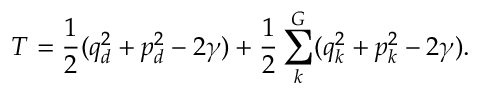
T = \frac { 1 } { 2 } ( q _ { d } ^ { 2 } + p _ { d } ^ { 2 } - 2 \gamma ) + \frac { 1 } { 2 } \sum _ { k } ^ { G } ( q _ { k } ^ { 2 } + p _ { k } ^ { 2 } - 2 \gamma ) .